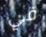
في